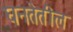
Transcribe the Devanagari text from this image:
घनतेतील